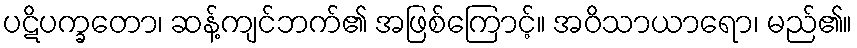
ပဋိပက္ခတော၊ ဆန့်ကျင်ဘက်၏ အဖြစ်ကြောင့်။ အဝိသာယာရော၊ မည်၏။